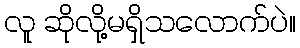
လူ ဆိုလို့မရှိသလောက်ပဲ။